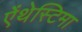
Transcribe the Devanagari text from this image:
ऐंथेस्टिमा